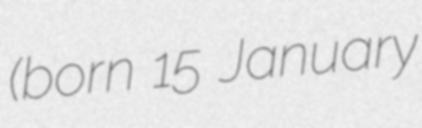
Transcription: (born 15 January